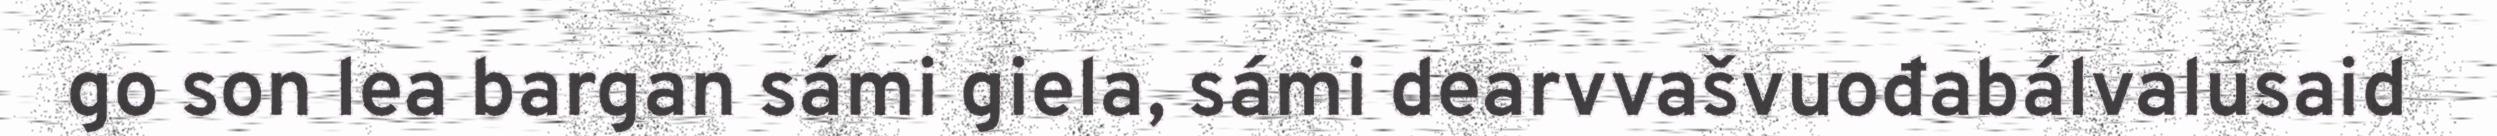
go son lea bargan sámi giela, sámi dearvvašvuođabálvalusaid